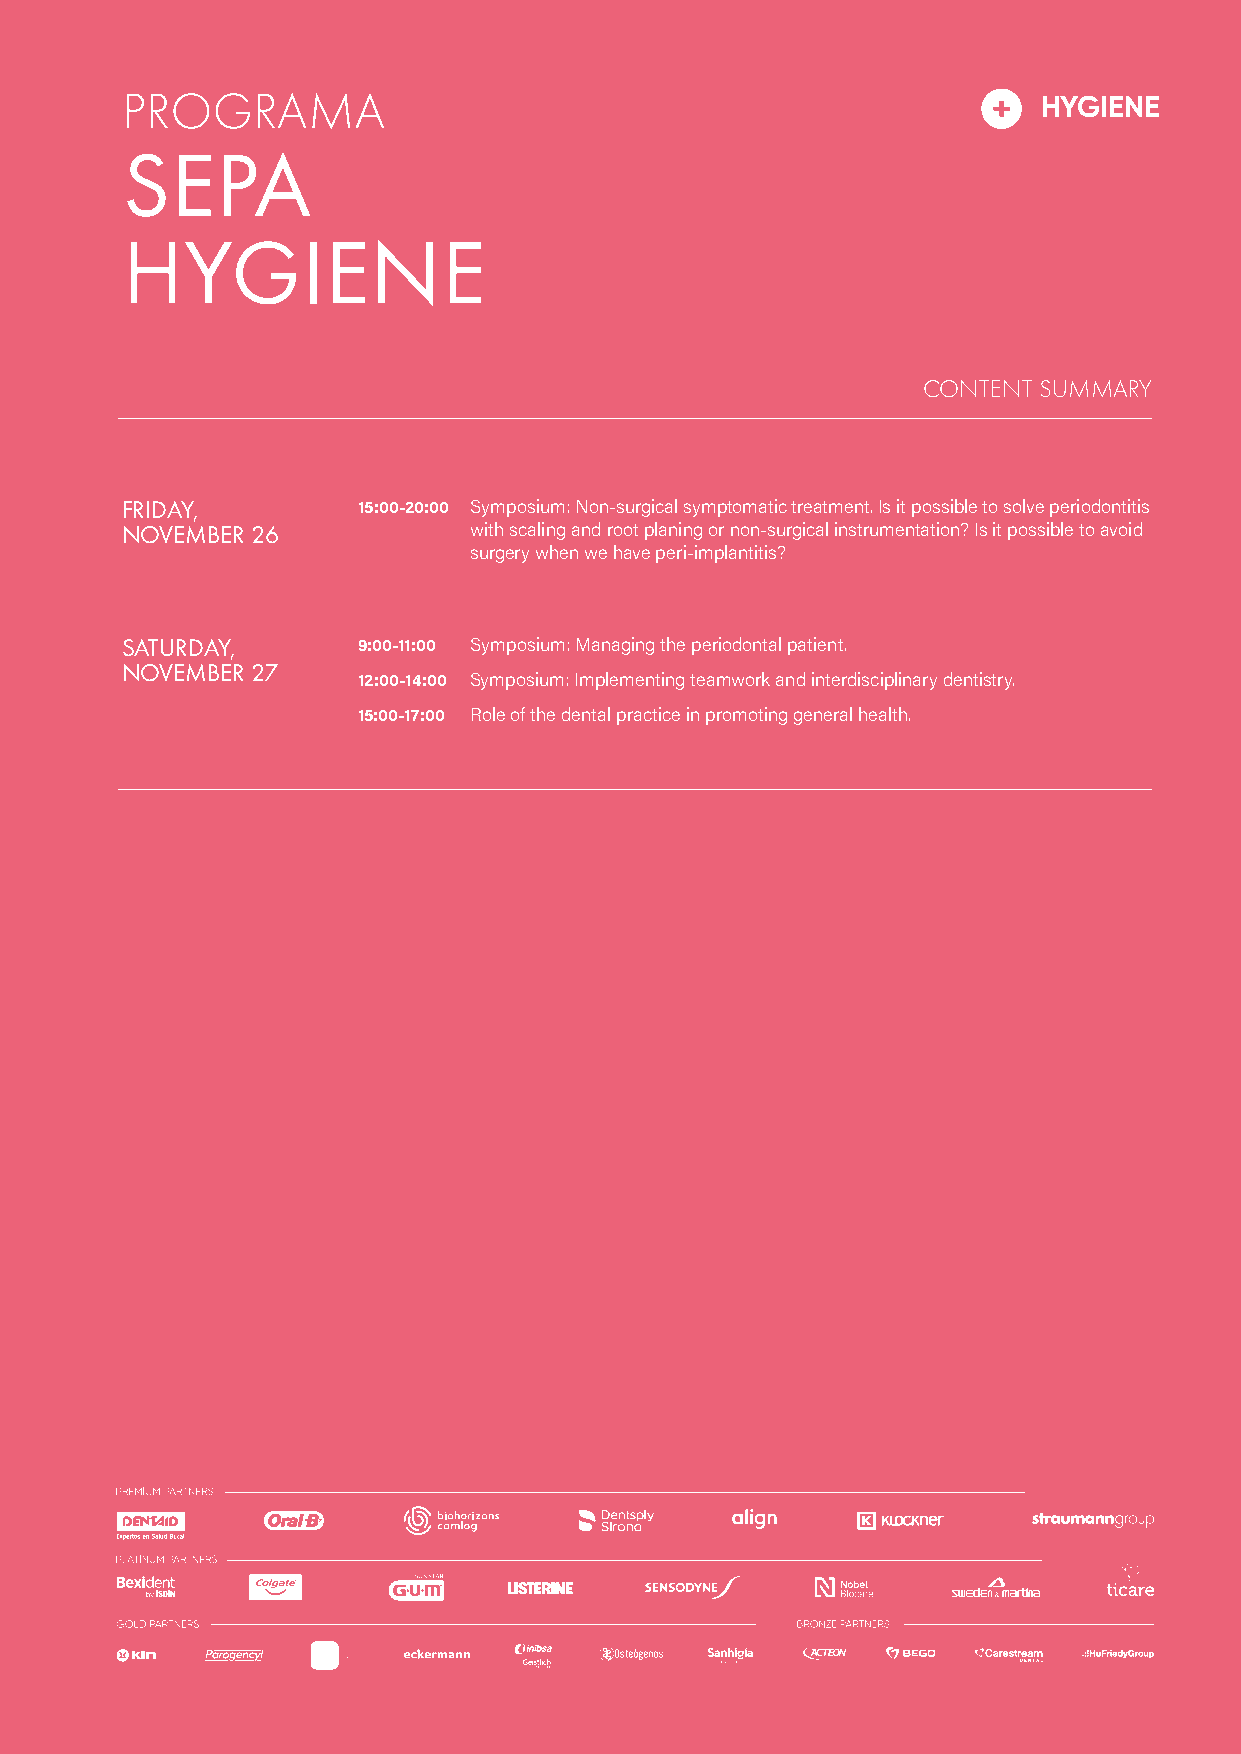
MANAGEMENT
 Spanish English
 HYGIENE
 PROGRAMA                                                     HYGIENE19
 SEPA
 HYGIENE
 CONTENT SUMMARY
 FRIDAY,         15:00-20:00 Symposium: Non-surgical symptomatic treatment. Is it possible to solve periodontitis
 NOVEMBER 26            with scaling and root planing or non-surgical instrumentation? Is it possible to avoid
 surgery when we have peri-implantitis?
 SATURDAY,       9:00-11:00 Symposium: Managing the periodontal patient.
 NOVEMBER 27
 12:00-14:00 Symposium: Implementing teamwork and interdisciplinary dentistry.
 15:00-17:00 Role of the dental practice in promoting general health.